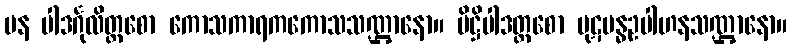
ပန ပါဒင်္ဂုလိတ္တစော ကောသကာရကကောသသဏ္ဌာနော။ ပိဋ္ဌိပါဒတ္တစော ပုဋဗန္ဓဥပါဟနသဏ္ဌာနော။